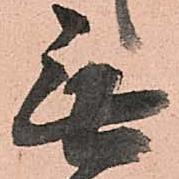
無